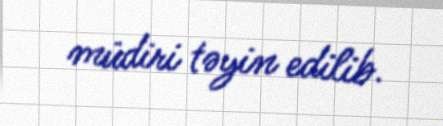
müdiri təyin edilib.